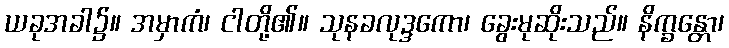
ယခုအခါ၌။ အမှာကံ၊ ငါတို့၏။ သုနခလုဒ္ဒကော၊ ခွေးမုဆိုးသည်။ နိက္ခန္တော၊